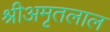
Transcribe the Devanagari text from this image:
श्रीअमृतलाल